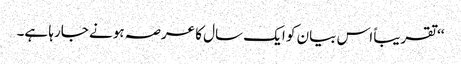
‘‘ تقریباً اس بیان کو ایک سال کا عرصہ ہونے جارہا ہے۔